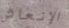
الإنعاش